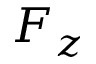
F _ { z }